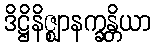
ဒိဋ္ဌိနိဇ္ဈာနက္ခန္တိယာ